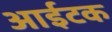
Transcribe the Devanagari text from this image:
आईटक